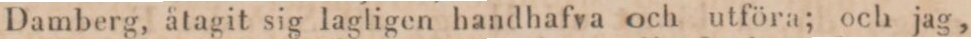
Damberg, åtagit sig lagligen handhafva och utföra; och jag,